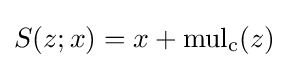
S(z;x)=x+\mathrm {mul_{c}} (z)